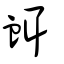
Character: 衈